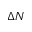
\Delta N